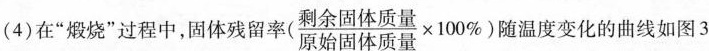
(4)在“煅烧”过程中，固体残留率$$( \frac { 剩 余 固 体 物 质 量 } { 原 始 固 体 物 质 量 } \times 1 0 0 % )$$随温度变化的曲线如图3